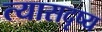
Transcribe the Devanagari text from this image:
त्यासदृष्य